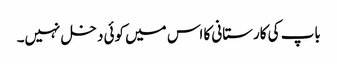
باپ کی کارستانی کا اس میں کوئی دخل نہیں۔